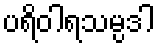
ပရိဝါရသမ္ပဒါ